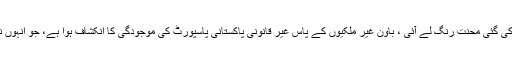
سر عام ٹیم کی جعلی پاکستانیوں کا راز فاش کرنے کیلئے کی گئی محنت رنگ لے آئی ، باون غیر ملکیوں کے پاس غیر قانونی پاکستانی پاسپورٹ کی موجودگی کا انکشاف ہوا ہے، جو انہوں نے بدعنوان نادرا اہلکاروں کی ملی بھگت سے حاصل کیے۔